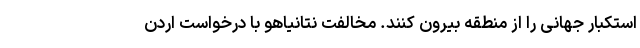
استکبار جهانی را از منطقه بیرون کنند. مخالفت نتانیاهو با درخواست اردن